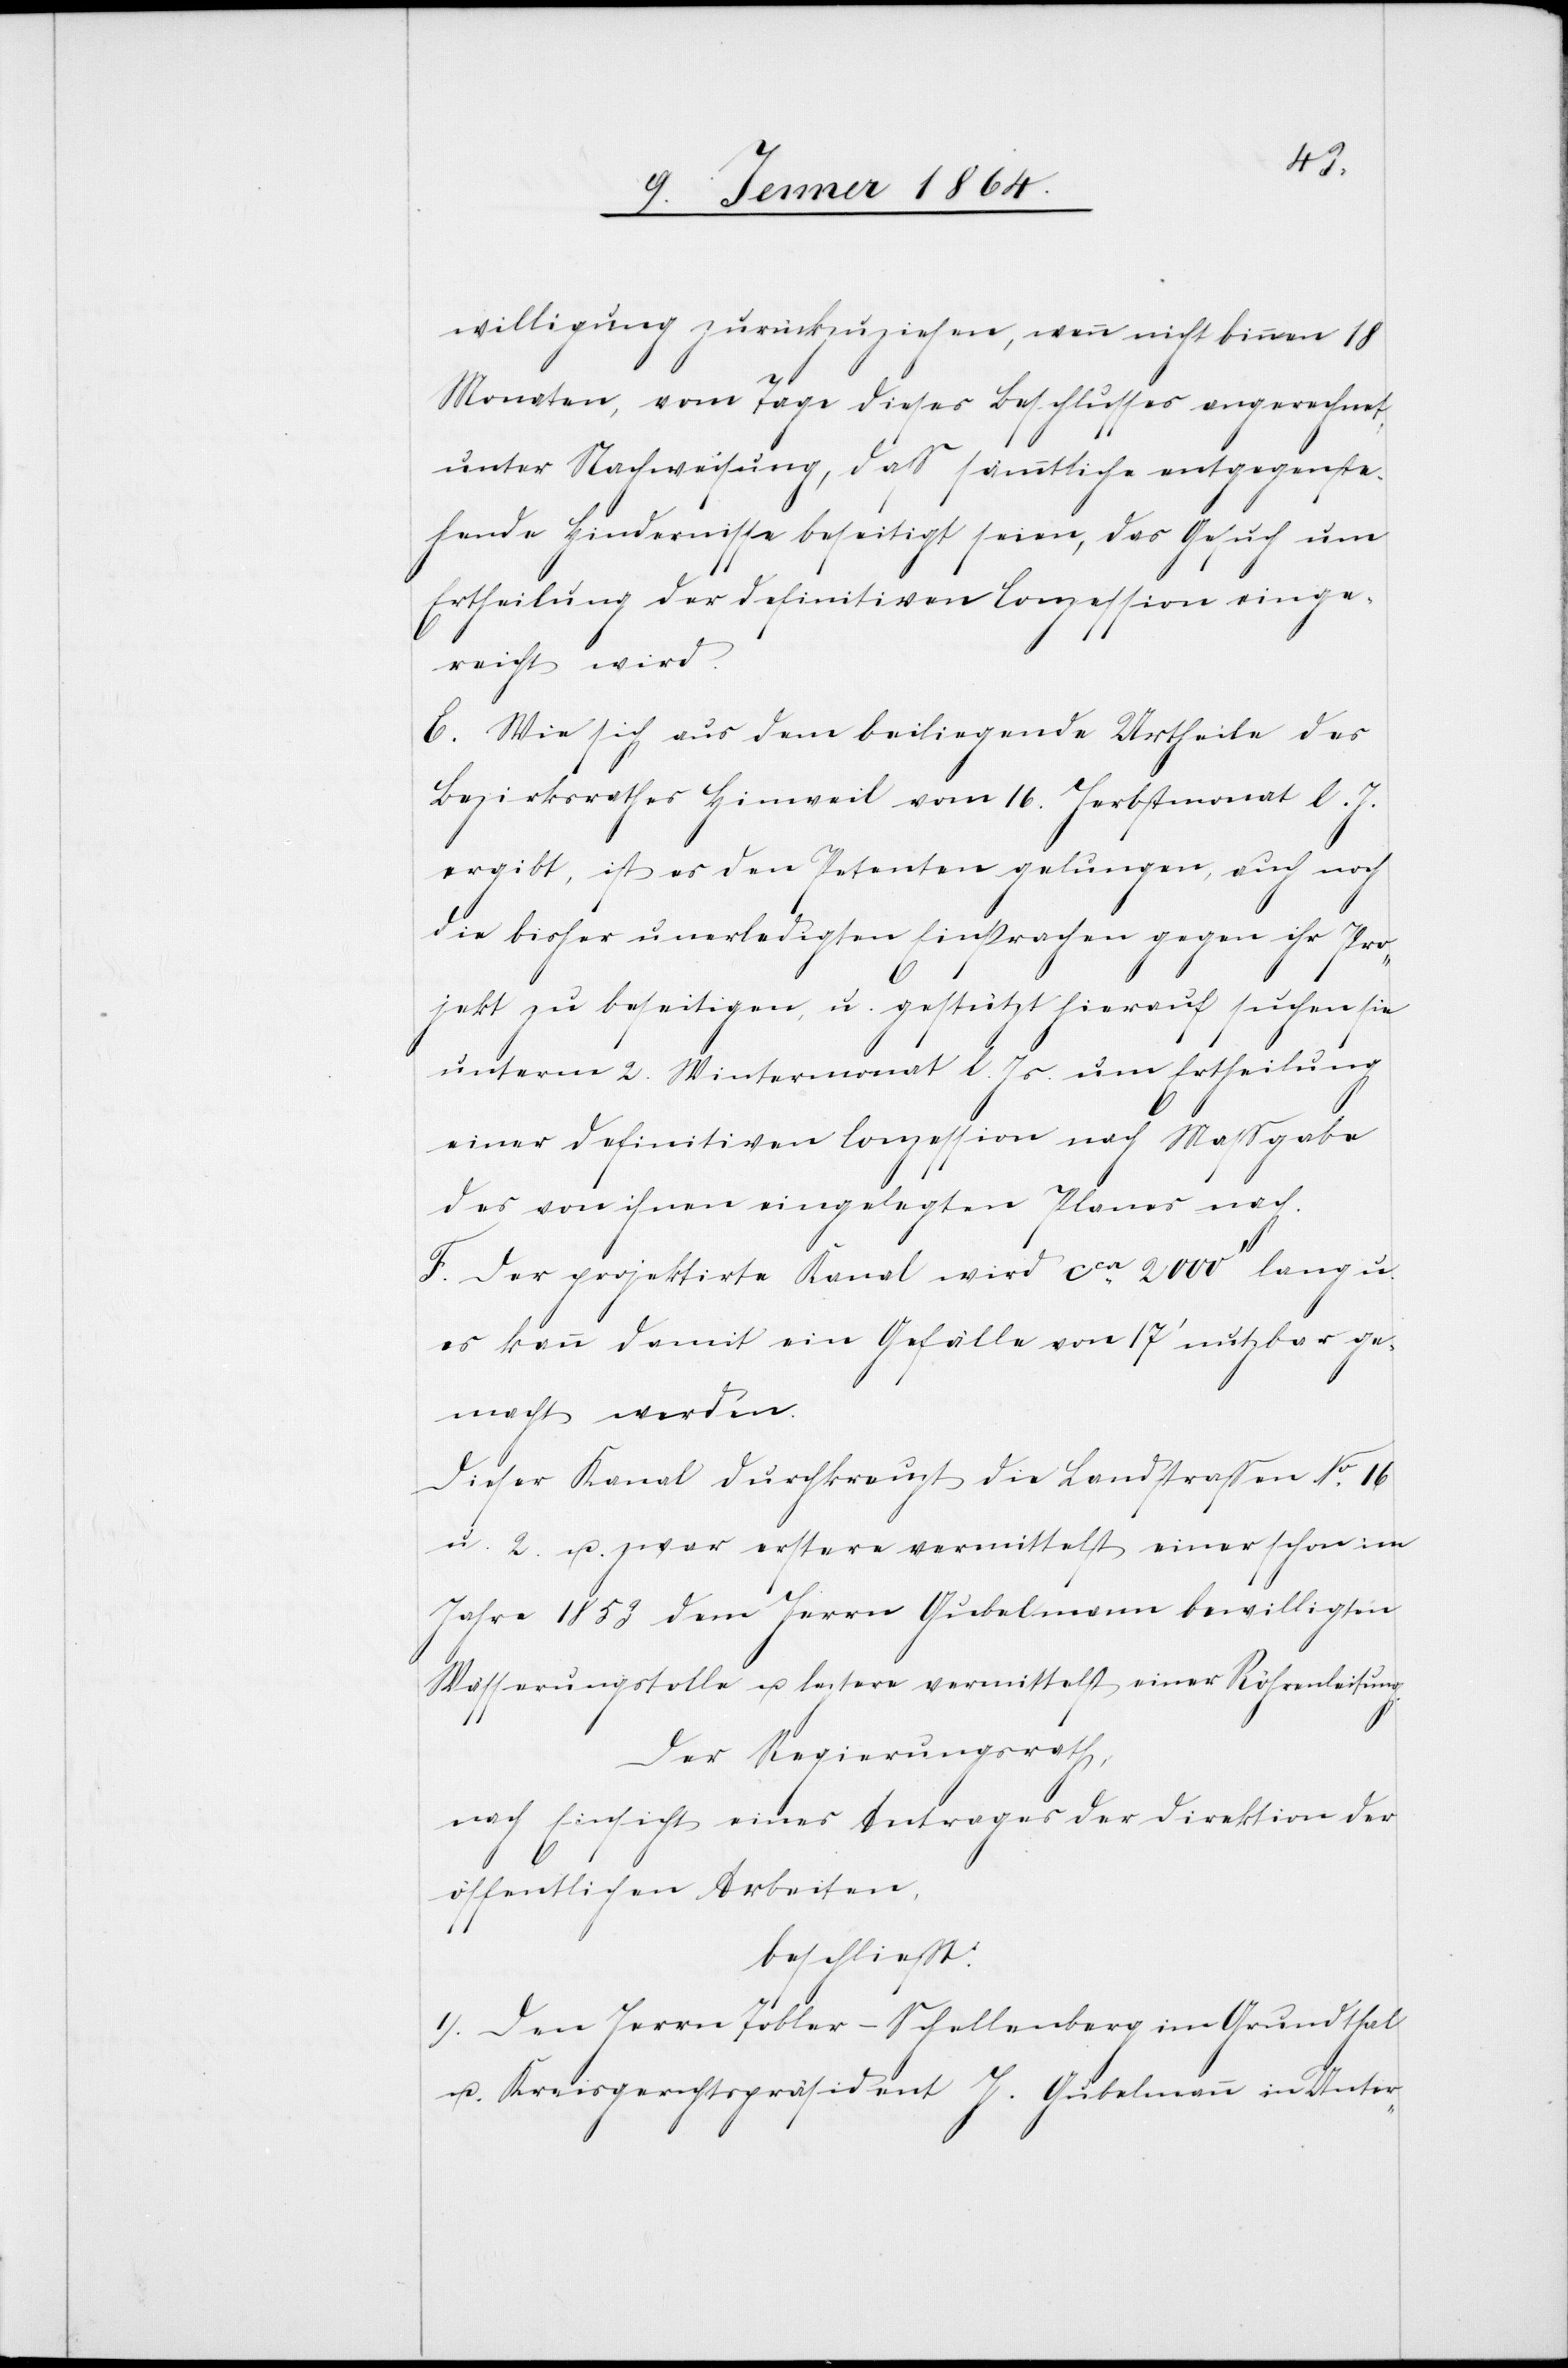
willigung zurückzuziehen, wenn nicht binnen 18
Monaten, vom Tage dieses Beschlusses angerechnet,
unter Nachweisung, daß sämmtliche entgegenste¬
hende Hindernisse beseitigt seien, das Gesuch um
Ertheilung der definitiven Conzession einge¬
reicht wird.
E. Wie sich aus dem beiliegende Urtheile des
Bezirksrathes Hinwil vom 16 Herbstmonat l. J.
ergibt, ist es den Petenten gelungen, auch noch
die bisher unerledigten Einsprachen gegen ihr Pro¬
jekt zu beseitigen, u. gestützt hierauf suchen sie
unterm 2. Wintermonat l. Js. um Ertheilung
einer definitiven Conzession nach Massgabe
des von ihnen eingelegten Planes nach.
F. Der projektirte Kanal wird ca 2000' lang u.
es kann damit ein Gefälle von 17' nutzbar ge¬
macht werden.
Dieser Kanal durchkreuzt die Landstraßen Nr 16
u. 2 u. zwar erstere vermittelst einer schon im
Jahre 1853 dem Herrn Gubelmann bewilligten
Wässerungstolle u. leztere vermittelst einer Röhrenleitung.
Der Regierungsrath,
nach Einsicht eines Antrages der Direktion der
öffentlichen Arbeiten,
beschließt.
I. Den Herrn Tobler-Schellenberg im Grundthal
u. Kreisgerichtspräsident H. Gubelmann in Unter-